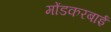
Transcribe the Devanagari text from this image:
मोंडकरबाई